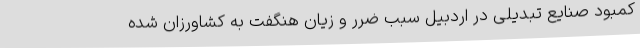
کمبود صنایع تبدیلی در اردبیل سبب ضرر و زیان هنگفت به کشاورزان شده